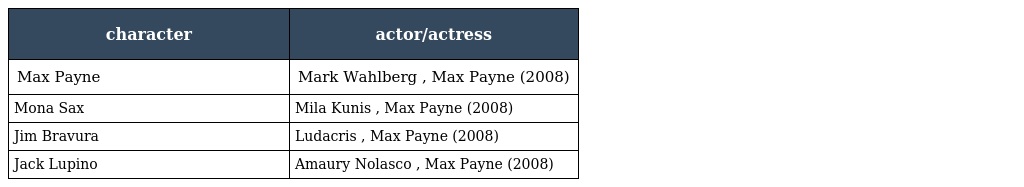
| character | actor/actress |
 | --- | --- |
 | Max Payne | Mark Wahlberg , Max Payne (2008) |
 | Mona Sax | Mila Kunis , Max Payne (2008) |
 | Jim Bravura | Ludacris , Max Payne (2008) |
 | Jack Lupino | Amaury Nolasco , Max Payne (2008) |